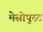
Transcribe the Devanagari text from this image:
मेसोपुस्ट